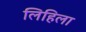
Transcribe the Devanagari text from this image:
लिहिला